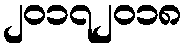
၂၀၁၇၂၀၁၈